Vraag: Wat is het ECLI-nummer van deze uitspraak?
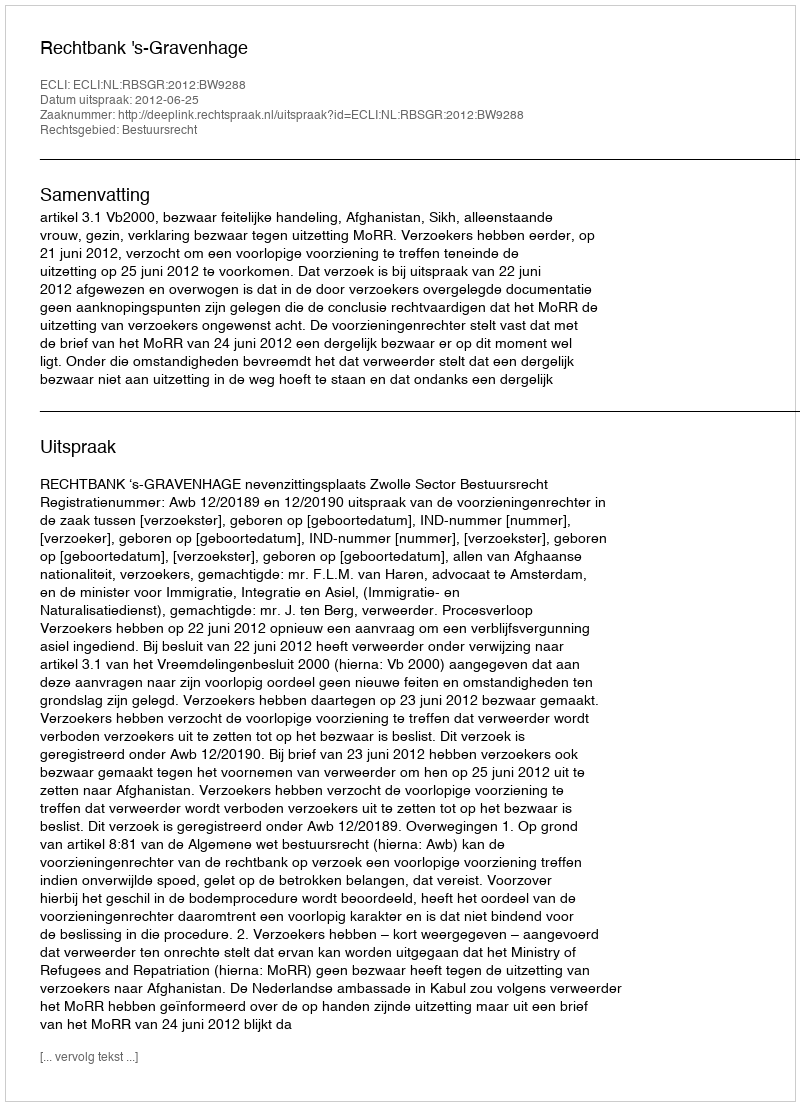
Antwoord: ECLI:NL:RBSGR:2012:BW9288